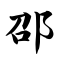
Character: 邵